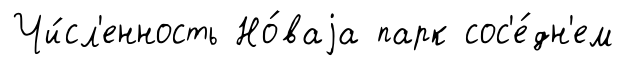
Чи́сл'енность Но́ваjа парк сос'е́дн'ем